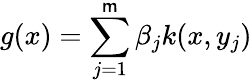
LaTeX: g(x)=\sum_{j=1}^{\mathsf{m}}\beta_{j}k(x,y_{j})